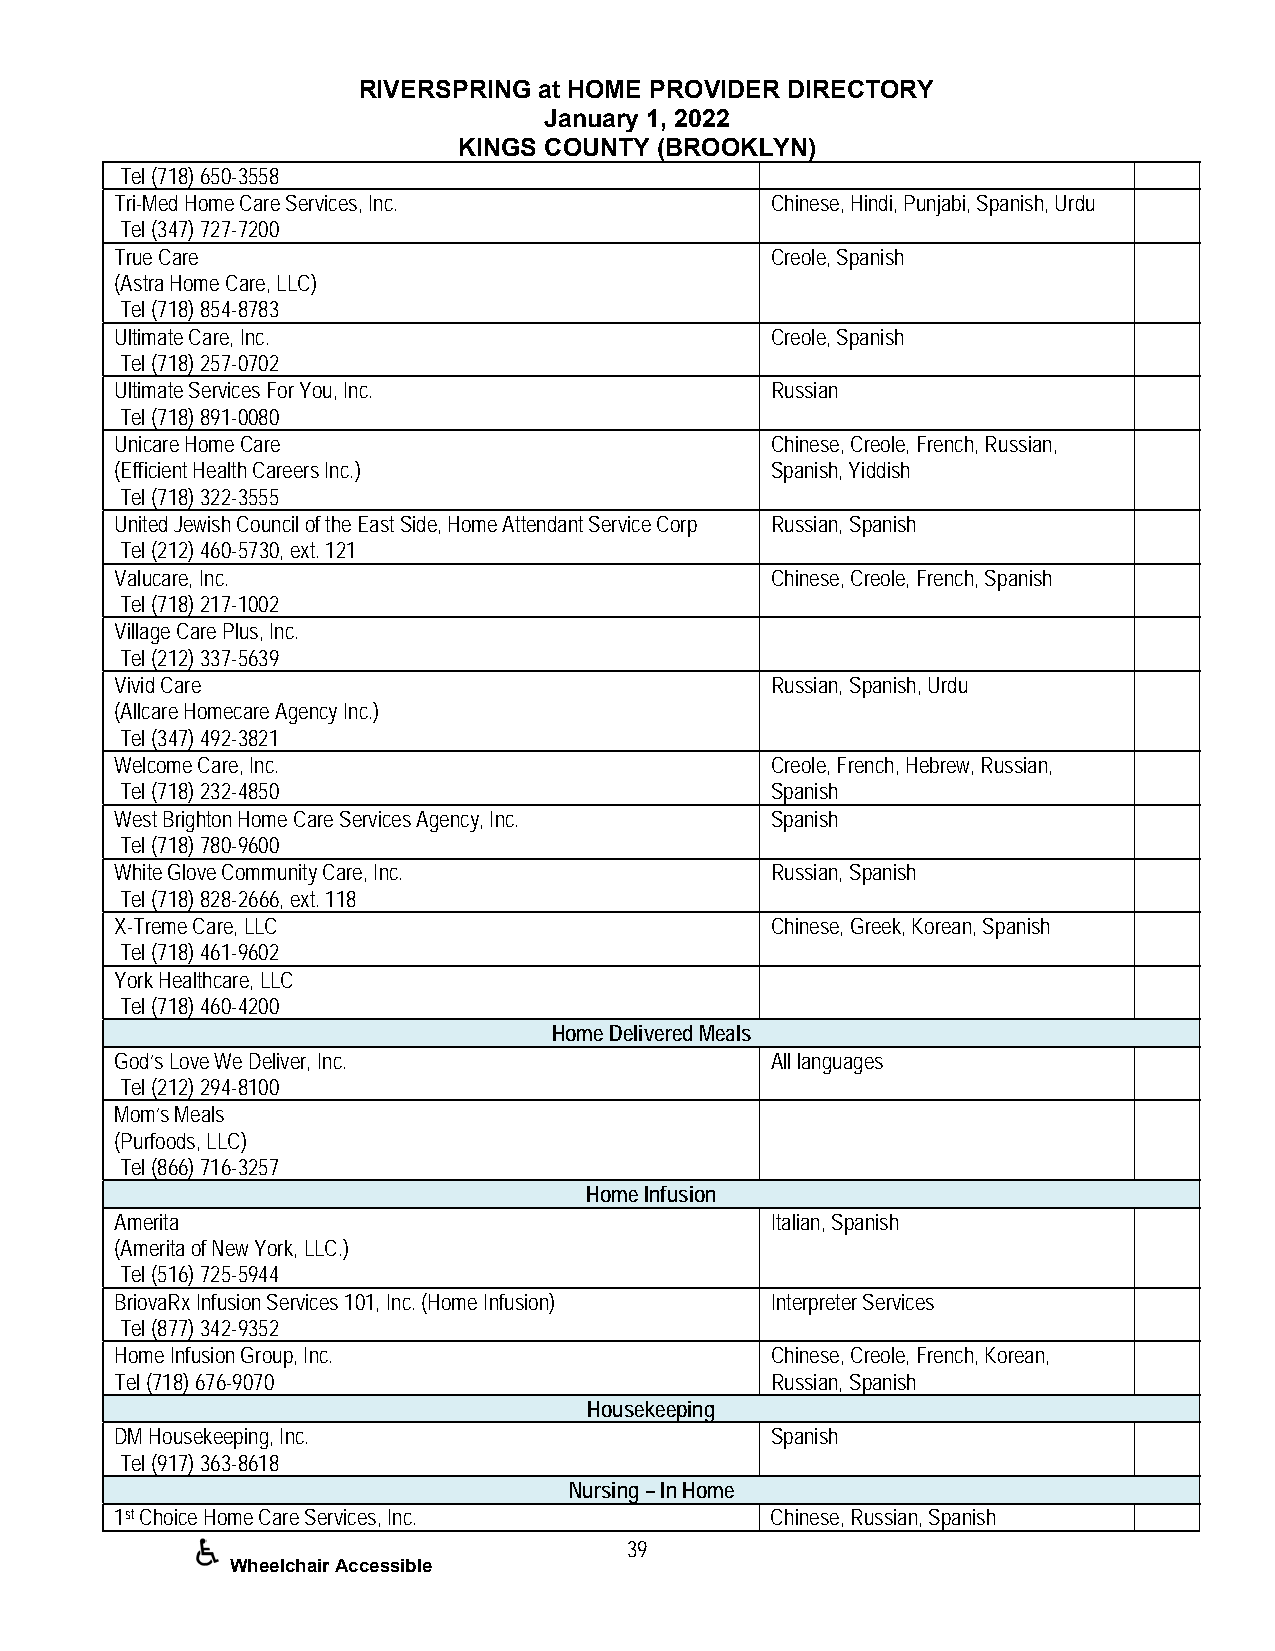
RIVERSPRING at HOME PROVIDER DIRECTORY
 January 1, 2022
 KINGS COUNTY (BROOKLYN)
 Tel (718) 650-3558
 Tri-Med Home Care Services, Inc.           Chinese, Hindi, Punjabi, Spanish, Urdu
 Tel (347) 727-7200
 True Care                                  Creole, Spanish
 (Astra Home Care, LLC)
 Tel (718) 854-8783
 Ultimate Care, Inc.                        Creole, Spanish
 Tel (718) 257-0702
 Ultimate Services For You, Inc.            Russian
 Tel (718) 891-0080
 Unicare Home Care                          Chinese, Creole, French, Russian,
 (Efficient Health Careers Inc.)            Spanish, Yiddish
 Tel (718) 322-3555
 United Jewish Council of the East Side, Home Attendant Service Corp Russian, Spanish
 Tel (212) 460-5730, ext. 121
 Valucare, Inc.                             Chinese, Creole, French, Spanish
 Tel (718) 217-1002
 Village Care Plus, Inc.
 Tel (212) 337-5639
 Vivid Care                                 Russian, Spanish, Urdu
 (Allcare Homecare Agency Inc.)
 Tel (347) 492-3821
 Welcome Care, Inc.                         Creole, French, Hebrew, Russian,
 Tel (718) 232-4850                         Spanish
 West Brighton Home Care Services Agency, Inc. Spanish
 Tel (718) 780-9600
 White Glove Community Care, Inc.           Russian, Spanish
 Tel (718) 828-2666, ext. 118
 X-Treme Care, LLC                          Chinese, Greek, Korean, Spanish
 Tel (718) 461-9602
 York Healthcare, LLC
 Tel (718) 460-4200
 Home Delivered Meals
 God’s Love We Deliver, Inc.                All languages
 Tel (212) 294-8100
 Mom’s Meals
 (Purfoods, LLC)
 Tel (866) 716-3257
 Home Infusion
 Amerita                                    Italian, Spanish
 (Amerita of New York, LLC.)
 Tel (516) 725-5944
 BriovaRx Infusion Services 101, Inc. (Home Infusion) Interpreter Services
 Tel (877) 342-9352
 Home Infusion Group, Inc.                  Chinese, Creole, French, Korean,
 Tel (718) 676-9070                         Russian, Spanish
 Housekeeping
 DM Housekeeping, Inc.                      Spanish
 Tel (917) 363-8618
 Nursing – In Home
 1st Choice Home Care Services, Inc.        Chinese, Russian, Spanish
 39
 Wheelchair Accessible